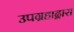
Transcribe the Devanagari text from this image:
उपग्रहाद्वारा